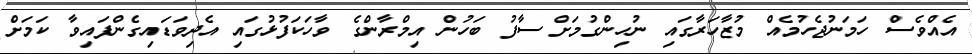
އެއްވެސް ހަމަނުޖެހުމެއް މުޒާހަރާގައި ނުހިންގުމަށް ސާފު ބަހުން އިމްރާންގެ ވާހަކަފުޅުގައި އެދިވަޑައިގެންފައިވާ ކަމަށް